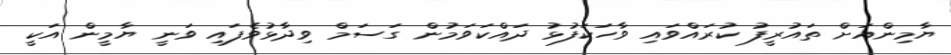
ޔާމިންއަށް ތައުރީފު ކުރައްވައި ވާހަކަފުޅު ދައްކަވަމުން ގަަސަމް ވިދާޅުވެފައި ވަނީ ޔާމީން އަކީ